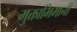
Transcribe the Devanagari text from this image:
मुक्ताभिमानी